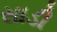
સાડી